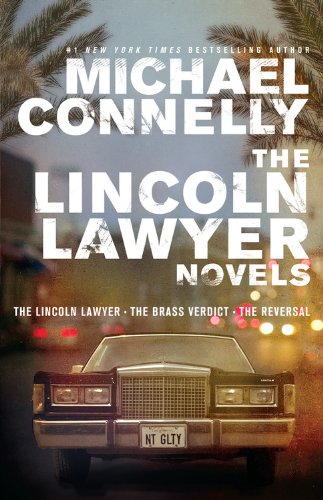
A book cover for The Lincoln Lawyer Novels: The Lincoln Lawyer, The Brass Verdict, The Reversal (Mickey Haller); Michael Connelly; Mystery, Thriller & Suspense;